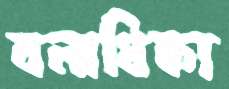
বলাধিক্য